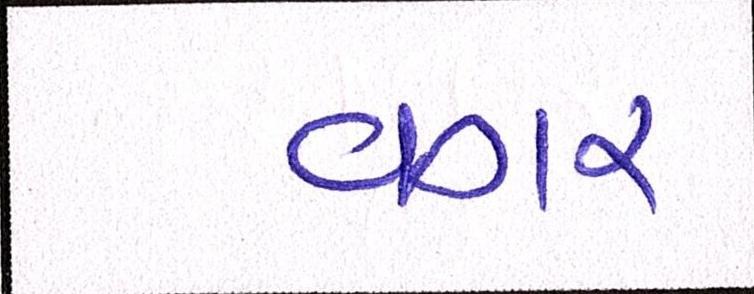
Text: વગર